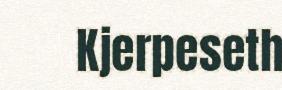
Kjerpeseth